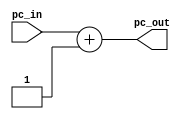
module pc_adder(input [31:0]pc_in, output [31:0]pc_out);
    assign pc_out=pc_in+1;
endmodule